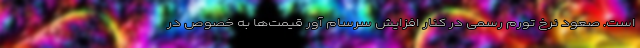
است. صعود نرخ تورم رسمی در کنار افزایش سرسام آور قیمت‌ها به خصوص در